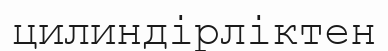
цилиндірліктен